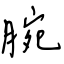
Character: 腕